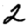
Digit: 2